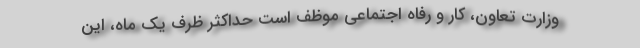
وزارت تعاون،‌ کار و رفاه اجتماعی موظف است حداکثر ظرف یک ماه، این